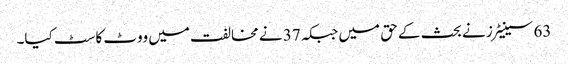
63 سینیٹرز نے بحث کے حق میں جبکہ 37 نے مخالفت میں ووٹ کاسٹ کیا۔